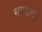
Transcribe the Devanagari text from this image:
भगवान।